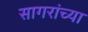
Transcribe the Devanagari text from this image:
सागरांच्या